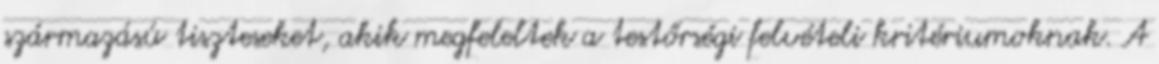
származású tiszteseket, akik megfeleltek a testőrségi felvételi kritériumoknak. A